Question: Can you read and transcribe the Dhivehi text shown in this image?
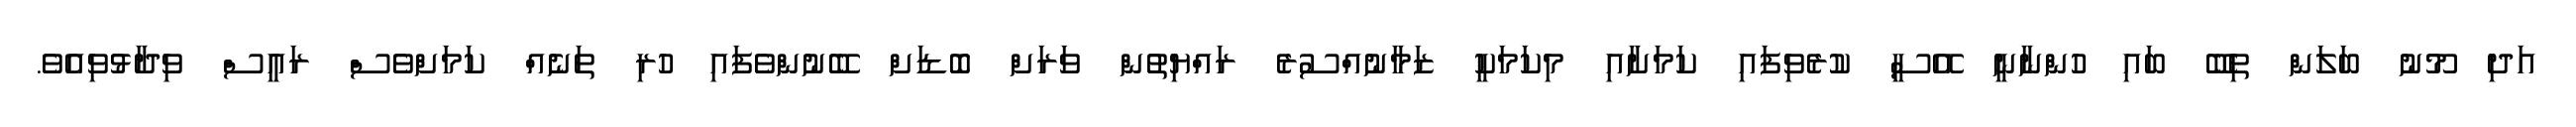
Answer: އަދި މޫނު ބަލަން ތިބޭ ބައި ހުންނާނީ އޭސީ ކުރެވިފައި ކަމަށާއި މިކަމަކީ ޒަމާނުއްސުރެ ރައްޔިތުން ވަރަށް ބޮޑަށް ބޭނުންވެފައި ހުރި ތަނެއް ކަމަށްވެސް ރައީސް ވިދާޅުވިއެވެ.